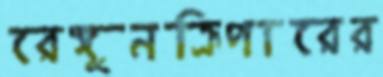
রেঙ্গুনক্রিপারের